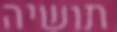
תושיה